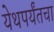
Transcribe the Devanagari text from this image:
येथपर्यंतचा